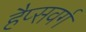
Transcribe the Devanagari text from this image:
हैप्सवर्ग